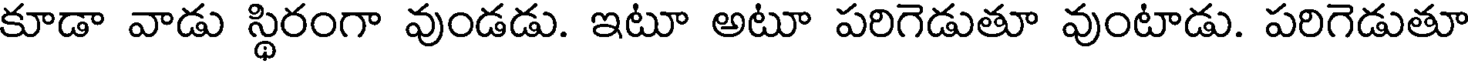
కూడా వాడు స్థిరంగా వుండడు. ఇటూ అటూ పరిగెడుతూ వుంటాడు. పరిగెడుతూ